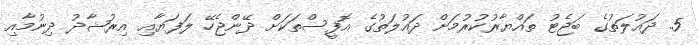
5. ދައުލަތުގެ ބަޖެޓު ތައްޔާރުކުރުމަށް ދައުލަތުގެ އޮފީސްތަކަށް ދޭންޖެހޭ ލަފަޔާއި އިރުޝާދު ދިނުމާއި